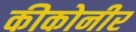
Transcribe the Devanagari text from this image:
कीकोनीर